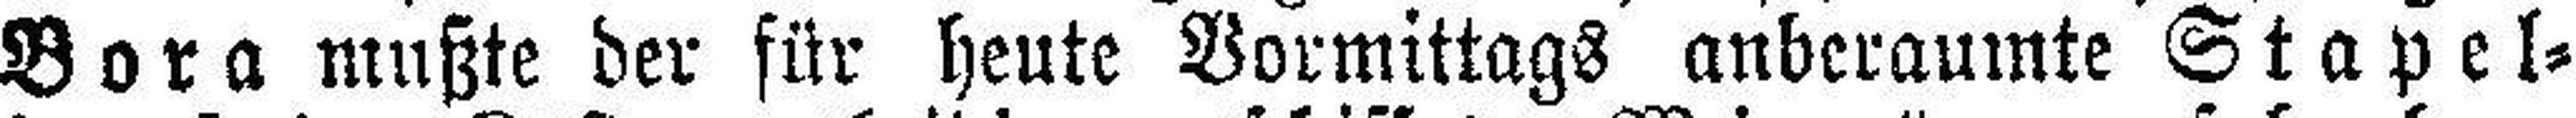
Bora mußte der für heute Vormittags anberaumte Stapel¬